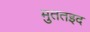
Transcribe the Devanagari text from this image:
मुततइद